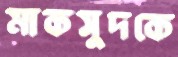
মাকসুদকে